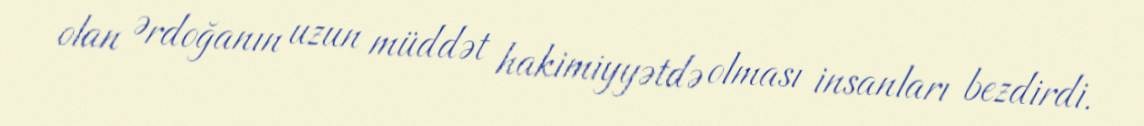
olan Ərdoğanın uzun müddət hakimiyyətdə olması insanları bezdirdi.